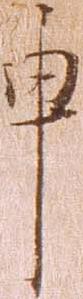
申